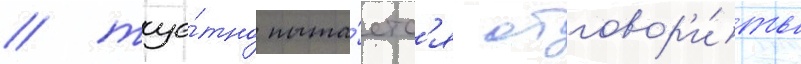
/ тще́тно пыта́етс'я отговор'и́ть